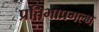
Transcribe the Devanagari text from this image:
प्रतिभाप्रगल्भ